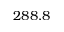
2 8 8 . 8